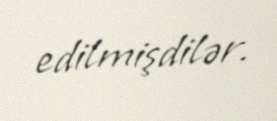
edilmişdilər.